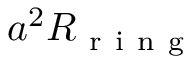
a ^ { 2 } R _ { \mathrm { ~ r ~ i ~ n ~ g ~ } }